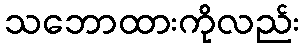
သဘောထားကိုလည်း